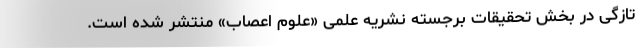
تازگی در بخش تحقیقات برجسته نشریه علمی «علوم اعصاب» منتشر شده است.